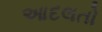
આદલતો